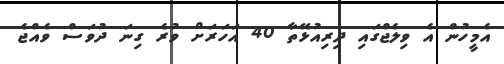
އެމީހުން އެ ވިލެޖްގައި ދިރިއުޅޭތާ 40 އަހަރަށް ވުރެ ގިނަ ދުވަސް ވެއްޖެ